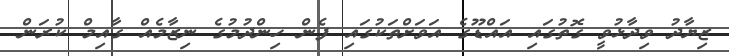
ޒިޔާދު ވިދާޅުވީ ގޮތުގައި އައްޑޫގެ އަވަށްތަކުގައި ފެން ހިންދުމުގެ ނިޒާމެއް ގާއިމް ކުރަން